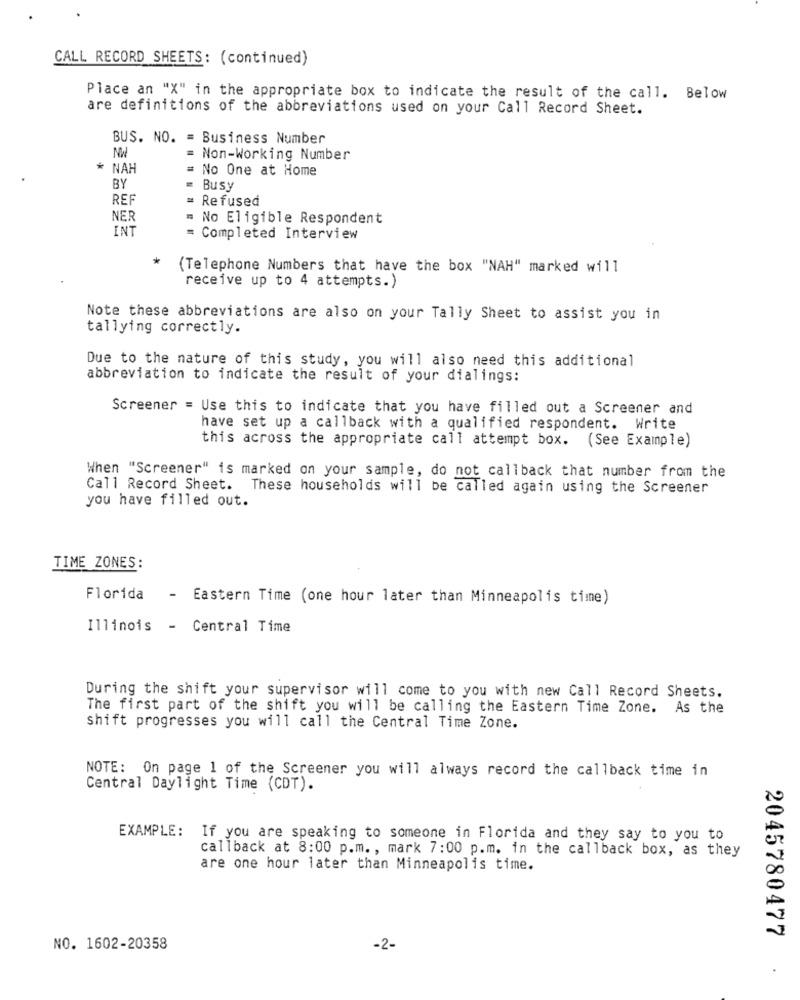
CALL RECORD SHEETS: (continued)
Place an "X" in the appropriate box to indicate the result of the call. Below
are definitions of the abbreviations used on your Call Record Sheet.
BUS. NO. = Business Number
= Non-Working Number
NAH
= No One at Home
BY
Busy
REF
= Refused
NER
= No Eligible Respondent
INT
= Completed Interview
(Telephone Numbers that have the box "NAH" marked will
receive up to 4 attempts.)
Note these abbreviations are also on your Tally Sheet to assist you in
tallying correctly.
Due to the nature of this study, you will also need this additional
abbreviation to indicate the result of your dialings:
Screener = Use this to indicate that you have filled out a Screener and
have set up a callback with a qualified respondent. Write
this across the appropriate call attempt box. (See Example)
When "Screener" is marked on your sample, do not callback that number from the
Call Record Sheet. These households will be called again using the Screener
you have filled out.
TIME ZONES:
Florida - Eastern Time (one hour later than Minneapolis time)
Illinois - Central Time
During the shift your supervisor will come to you with new Call Record Sheets.
The first part of the shift you will be calling the Eastern Time Zone. As the
shift progresses you will call the Central Time Zone.
NOTE: On page 1 of the Screener you will always record the callback time in
Central Daylight Time (CDT).
EXAMPLE :
If you are speaking to someone in Florida and they say to you to
callback at 8:00 p.m. , mark 7:00 p.m. in the callback box, as they
are one hour later than Minneapolis time.
2045780477
NO. 1602-20358
-2-